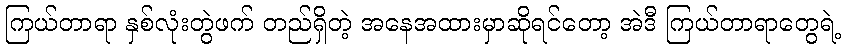
ကြယ်တာရာ နှစ်လုံးတွဲဖက် တည်ရှိတဲ့ အနေအထားမှာဆိုရင်တော့ အဲဒီ ကြယ်တာရာတွေရဲ့